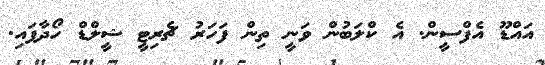
އައްޑޫ އެފްސީން. އެ ކްލަބުން ވަނީ ތިން ފަހަރު ޗެރިޓީ ޝީލްޑް ހޯދާފައި.